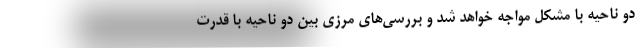
دو ناحیه با مشکل مواجه خواهد شد و بررسی‌های مرزی بین دو ناحیه با قدرت